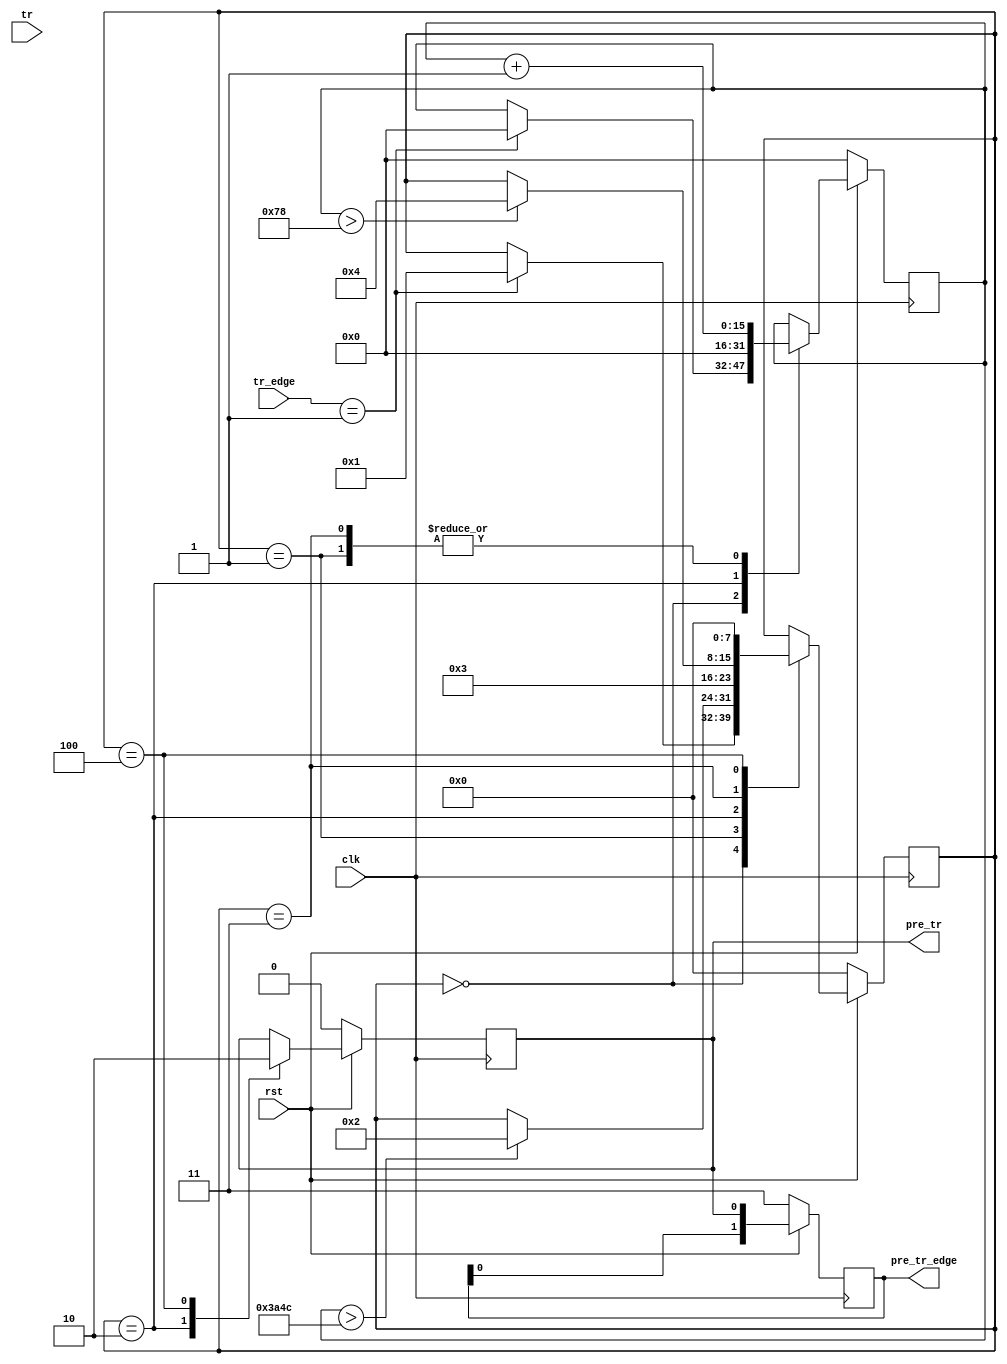
`timescale 1ns / 1ps
//////////////////////////////////////////////////////////////////////////////////
// Company: 
// Engineer: 
// 
// Design Name: 
// Module Name:    pre_tr_gen 
// Project Name: 
// Target Devices: 
// Tool versions: 
// Description: 
//
// Dependencies: 
//
// Revision: 
// Revision 0.01 - File Created
// Additional Comments: 
//
//////////////////////////////////////////////////////////////////////////////////
module pre_tr_gen
#(
    parameter TR_PERIOD_CLOCK_NUM = 15000, // 120*125usTR
    parameter TR_POSITIVE_PERIOD_CLOCK_NUM = 120,// TR
    parameter PRE_TR_CLOCK_NUM = 76 // 
)
(
    input clk,
    input rst,

    input tr,
    input [1:0] tr_edge,
    output reg pre_tr,
    output reg [1:0] pre_tr_edge
);

    localparam [15:0] delay_num = TR_PERIOD_CLOCK_NUM - PRE_TR_CLOCK_NUM;

    reg [7:0] fsm_state = 8'd0;
    reg [15:0] delay_count = 16'd0;
    always @ (posedge clk) begin
        if(!rst) begin
            fsm_state <= 8'd0;
            delay_count <= 16'd0;
            pre_tr <= 1'b0;
        end
        else begin
            case (fsm_state)
                0 : begin
                    if(tr_edge == 2'b01) begin
                        delay_count <= 16'd0;
                        fsm_state <= 8'd1;
                    end
                end
                1 : begin
                    delay_count <= delay_count + 16'd1;
                    if(delay_count > delay_num)
                        fsm_state <= 8'd2;
                end
                2 : begin
                    pre_tr <= 1'b1;
                    delay_count <= 16'd0;
                    fsm_state <= 8'd3;
                end
                3 : begin
                    delay_count <= delay_count + 16'd1;
                    if(delay_count > TR_POSITIVE_PERIOD_CLOCK_NUM)
                        fsm_state <= 8'd4;
                end
                4 : begin
                    pre_tr <= 1'b0;
                    fsm_state <= 8'd0;
                end
            endcase
        end
    end

    always @ (posedge clk) begin
        if(!rst) begin
            pre_tr_edge <= 2'b11;
        end 
        else begin
            pre_tr_edge <= { pre_tr_edge[0],pre_tr};
        end
    end

endmodule